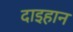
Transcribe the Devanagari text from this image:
दाइहान